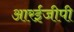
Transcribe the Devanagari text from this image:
आरईजीपी